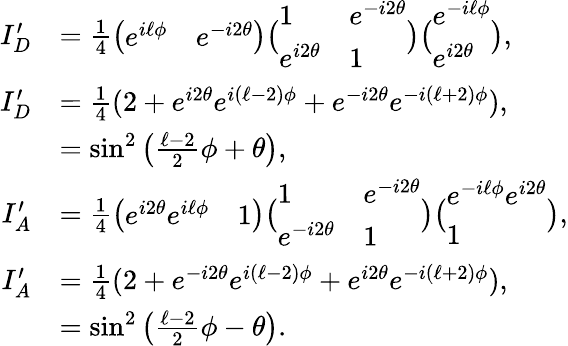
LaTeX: \begin{array}{rl}{I_{D}^{\prime}}&{=\frac{1}{4}\big(\begin{array}{ll}{e^{i\ell\phi}}&{e^{-i2\theta}}\end{array}\big)\big(\begin{array}{ll}{1}&{e^{-i2\theta}}\\ {e^{i2\theta}}&{1}\end{array}\big)\big(\begin{array}{l}{e^{-i\ell\phi}}\\ {e^{i2\theta}}\end{array}\big),}\\ {I_{D}^{\prime}}&{=\frac{1}{4}(2+e^{i2\theta}e^{i(\ell-2)\phi}+e^{-i2\theta}e^{-i(\ell+2)\phi}),}\\ &{=\sin^{2}\left(\frac{\ell-2}{2}\phi+\theta\right),\ }\\ {I_{A}^{\prime}}&{=\frac{1}{4}\big(\begin{array}{ll}{e^{i2\theta}e^{i\ell\phi}}&{1}\end{array}\big)\big(\begin{array}{ll}{1}&{e^{-i2\theta}}\\ {e^{-i2\theta}}&{1}\end{array}\big)\big(\begin{array}{l}{e^{-i\ell\phi}e^{i2\theta}}\\ {1}\end{array}\big),}\\ {I_{A}^{\prime}}&{=\frac{1}{4}(2+e^{-i2\theta}e^{i(\ell-2)\phi}+e^{i2\theta}e^{-i(\ell+2)\phi}),}\\ &{=\sin^{2}\left(\frac{\ell-2}{2}\phi-\theta\right).}\end{array}